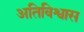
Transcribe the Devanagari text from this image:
अतिविश्वास